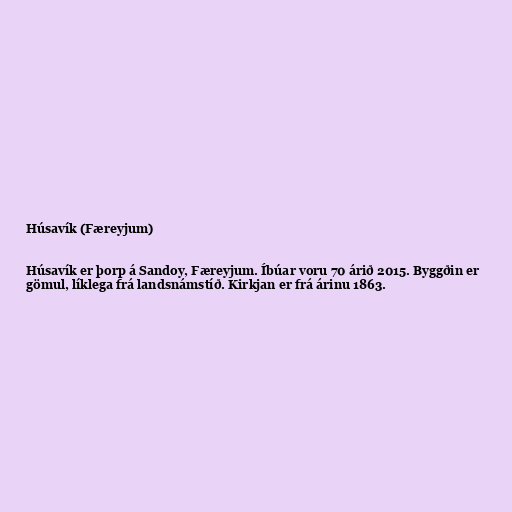
Húsavík (Færeyjum)

Húsavík er þorp á Sandoy, Færeyjum. Íbúar voru 70 árið 2015. Byggðin er
gömul, líklega frá landsnámstíð. Kirkjan er frá árinu 1863.